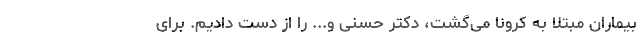
بیماران مبتلا به کرونا می‌گشت، دکتر حسنی و... را از دست دادیم. برای